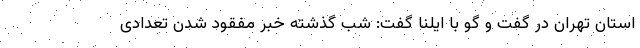
استان تهران در گفت و گو با ایلنا گفت: شب گذشته خبر مفقود شدن تعدادی